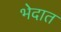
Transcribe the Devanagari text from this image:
भेदात